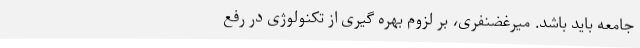
جامعه باید باشد. میرغضنفری، بر لزوم بهره گیری از تکنولوژی در رفع